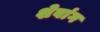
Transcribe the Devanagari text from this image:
शेवांग